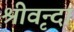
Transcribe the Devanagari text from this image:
श्रीवृन्दा